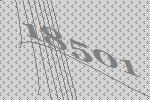
18501